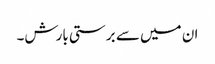
ان میں سے برستی بارش۔